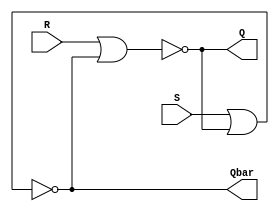
`timescale 1ns / 1ps

module SR_latch (input S, input R, output Q, output Qbar);
nor (Q, R, Qbar);
nor (Qbar, S, Q);
endmodule